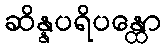
ဆိန္နပရိပန္ထော